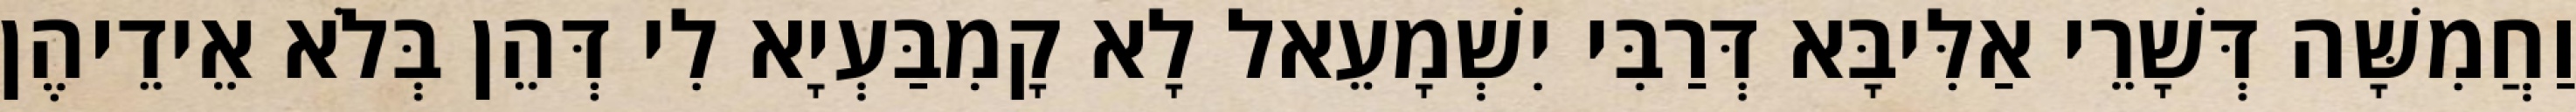
וַחֲמִשָּׁה דְּשָׁרֵי אַלִּיבָּא דְּרַבִּי יִשְׁמָעֵאל לָא קָמִבַּעְיָא לִי דְּהֵן בְּלֹא אֵידֵיהֶן